Indian journal of veterinary science and animal husbandry - Volume 10,
Year: 1940
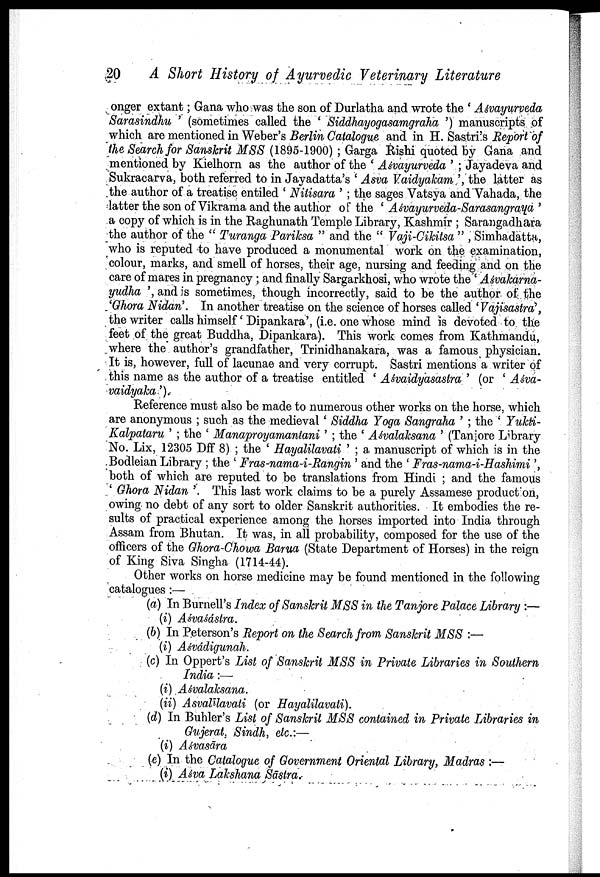
20
A Short History of Ayurvedic Veterinary Literature
onger extant; Gana who was the son of Durlatha and wrote the ' Aśvayurveda
Sarasindhu ' (sometimes called the ' Siddhayogasamgraha ') manuscripts of
which are mentioned in Weber's Berlin Catalogue and in H. Sastri's Report of
the Search for Sanskrit MSS (1895-1900) ; Garga Rishi quoted by Gana and
mentioned by Kielhorn as the author of the ' Aśvayurveda ' ; Jayadeva and
Sukracarva, both referred to in Jayadatta's ' Asva Vaidyakam ', the latter as
the author of a treatise entiled ' Nitisara ' ; the sages Vatsya and Vahada, the
latter the son of Vikrama and the author of the ' Aśvayurveda-Sarasangraya '
a copy of which is in the Raghunath Temple Library, Kashmir ; Sarangadhara
the author of the " Turanga Pariksa " and the " Vaji-Cikitsa " , Simhadatta,
who is reputed to have produced a monumental work on the examination,
colour, marks, and smell of horses, their age, nursing and feeding and on the
care of mares in pregnancy; and finally Sargarkhosi, who wrote the ' Aśvakarna¬
yudha ', and is sometimes, though incorrectly, said to be the author of the
'Ghora Nidan'. In another treatise on the science of horses called 'Vajisastra',
the writer calls himself ' Dipankara', (i.e. one whose mind is devoted to the
feet of the great Buddha, Dipankara). This work comes from Kathmandu,
where the author's grandfather, Trinidhanakara, was a famous physician.
It is, however, full of lacunae and very corrupt. Sastri mentions a writer of
this name as the author of a treatise entitled ' Aśvaidyasastra ' (or ' Aśva¬
vaidyaka').
Reference must also be made to numerous other works on the horse, which
are anonymous ; such as the medieval ' Siddha Yoga Sangraha ' ; the ' Yukti¬
Kalpataru ' ; the ' Manaproyamantani ' ; the ' Aśvalaksana ' (Taniore L'brary
No. Lix, 12305 Dff 8) ; the ' Hayalilavati ' ; a manuscript of which is in the
Bodleian Library ; the ' Fras-nama-i-Rangin ' and the ' Fras-nama-i-Hashimi ',
both of which are reputed to be translations from Hindi ; and the famous
' Ghora Nidan '. This last work claims to be a purely Assamese production,
owing no debt of any sort to older Sanskrit authorities. It embodies the re
sults of practical experience among the horses imported into India through
Assam from Bhutan. It was, in all probability, composed for the use of the
officers of the Ghora-Chowa Barua (State Department of Horses) in the reign
of King Siva Singha (1714-44).
Other works on horse medicine may be found mentioned in the following
catalogues :—
(a) In Burnell's Index of Sanskrit MSS in the Tanjore Palace Library :—
(i) Aśvaśástra.
(b) In Peterson's Report on the Search from Sanskrit MSS :—
(i) Aśvádigunah.
(c) In Oppert's List of Sanskrit MSS in Private Libraries in Southern
India:—
(i) Aśvalaksana.
(ii) Asvalīlavati (or Hayalilavati).
(d) In Buhler's List of Sanskrit MSS contained in Private Libraries in
Gujerat, Sindh, etc.:—
(i) Aśvasāra
(e) In the Catalogue of Government Oriental Library, Madras :—
(i) Aśva Lakshana Sāstra.